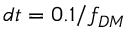
d t = 0 . 1 / f _ { D M }